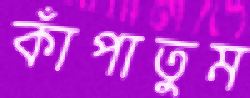
কাঁপাতুম